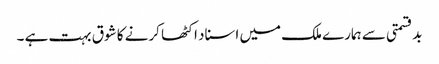
بدقسمتی سے ہمارے ملک میں اسناد اکٹھا کرنے کا شوق بہت ہے ۔